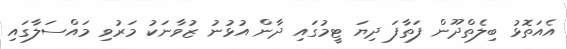
އެއަތޮޅު ބިލެތްދޫން ފަތާފަ ދިޔަ ޓީމުގައި ދާން އުޅުނު ޒުވާނަކު މަރުވި މައްސަލާގައި